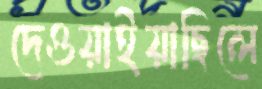
দেওয়াইয়াছিলে